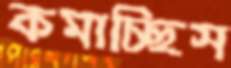
কমাচ্ছিস